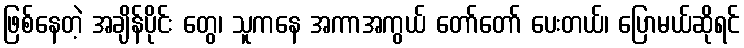
ဖြစ်နေတဲ့ အချိန်ပိုင်း တွေ၊ သူကနေ အကာအကွယ် တော်တော် ပေးတယ်၊ ပြောမယ်ဆိုရင်